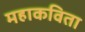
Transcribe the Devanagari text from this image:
महाकविता